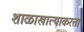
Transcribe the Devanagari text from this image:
शाळाखात्याकरता